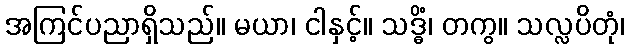
အကြင်ပညာရှိသည်။ မယာ၊ ငါနှင့်။ သဒ္ဓိံ၊ တကွ။ သလ္လပိတုံ၊